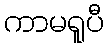
ကာမရူပီ